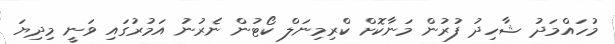
މުހައްމަދު ޝާހިދު ފުރުން މަނާކޮށް ކްރިމިނަލް ކޯޓުން ނެރުނު އަމުރުގައި ވަނީ މިދިޔަ